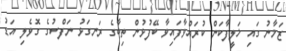
ޒަމާނު ގައި ޚަލީފާކަން ކުރައްވާފައިވާ ބޭފުޅުން ތިބާގެ ރަނގަޅު ނަފްސުގެ ގޮވެލި އަޑު